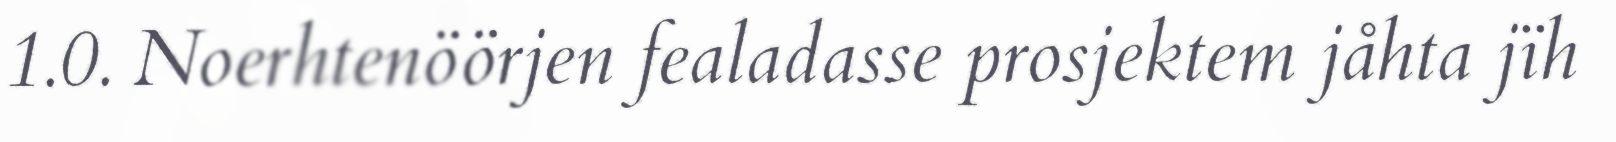
1.0. Noerhtenöörjen fealadasse prosjektem jåhta jïh